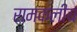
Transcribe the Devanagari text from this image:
रामकलीय